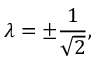
\lambda = \pm { \frac { 1 } { \sqrt { 2 } } } ,